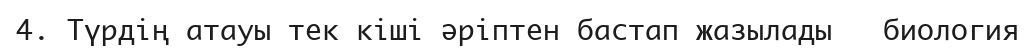
4. Түрдің атауы тек кіші әріптен бастап жазылады   биология